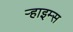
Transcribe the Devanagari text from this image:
र्‍हाइम्स